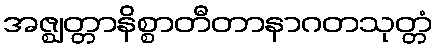
အဇ္ဈတ္တာနိစ္စာတီတာနာဂတသုတ္တံ